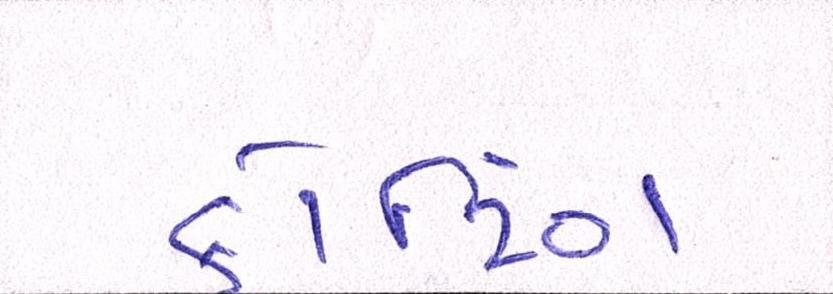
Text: કોટિંગ